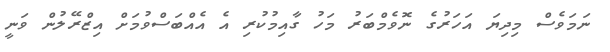
ނަމަވެސް މިދިޔަ އަހަރުގެ ނޮވެމްބަރު މަހު ގާއިމުކުރި އެ އެއްބަސްވުމަށް އިޒްރޭލުން ވަނީ